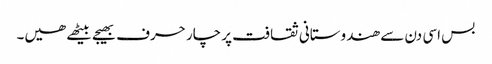
بس اسی دن سے ھندوستانی ثقافت پر چار حرف بھیجے بیٹھے ھیں۔